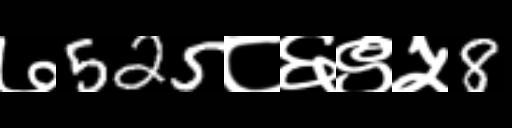
Text: ७525८६९५8